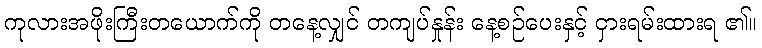
ကုလားအဖိုးကြီးတယောက်ကို တနေ့လျှင် တကျပ်နှုန်း နေ့စဉ်ပေးနှင့် ငှားရမ်းထားရ ၏။